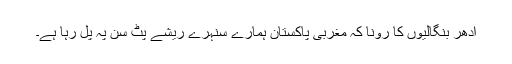
ادھر بنگالیوں کا رونا کہ مغربی پاکستان ہمارے سنہرے ریشے پٹ سن پہ پل رہا ہے۔